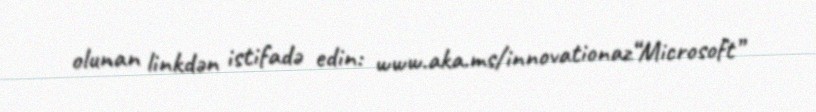
olunan linkdən istifadə edin: www.aka.ms/innovationaz“Microsoft”